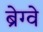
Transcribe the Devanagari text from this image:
ब्रेग्वे